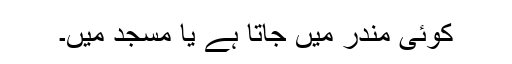
کوئی مندر میں جاتا ہے یا مسجد میں۔